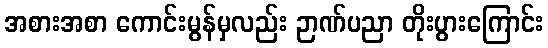
အစားအစာ ကောင်းမွန်မှလည်း ဉာဏ်ပညာ တိုးပွားကြောင်း